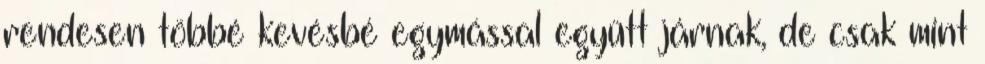
rendesen többé kevésbé egymással együtt járnak, de csak mint